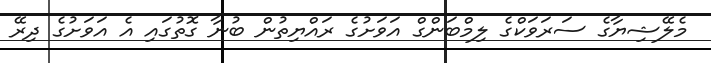
މެލޭޝިޔާގެ ސަރަވަކްގެ ލިމްބަންގް އަވަށުގެ ރައްޔިތުން ބުނާ ގޮތުގައި އެ އަވަށުގެ ދިރޭ